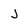
Character: J